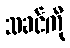
သခင်ကို